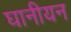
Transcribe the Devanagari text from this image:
घानीयन